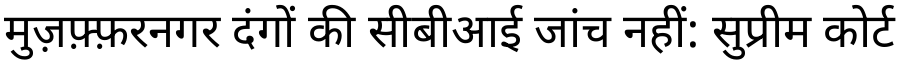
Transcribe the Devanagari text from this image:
मुज़फ़्फ़रनगर दंगों की सीबीआई जांच नहीं: सुप्रीम कोर्ट